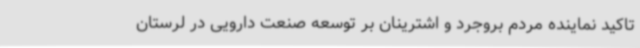
تاکید نماینده مردم بروجرد و اشترینان بر توسعه صنعت دارویی در لرستان